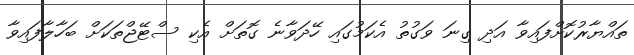
ތައްޔާރުކޮށްފައިވާ އަދި ގިނަ ވަގުތު އެކަމުގައި ހޭދަވާނެ ގޮތަށް އެކި ސްޓޭޖްތަކަށް ބަހާލާފައިވާ